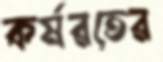
কর্মরতের